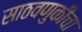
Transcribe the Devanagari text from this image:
साठवणुकीचा